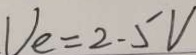
V _ { e } = 2 . 5 V